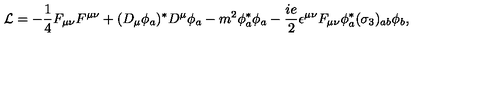
{ \cal L } = - { \frac { 1 } { 4 } } F _ { \mu \nu } F ^ { \mu \nu } + ( D _ { \mu } \phi _ { a } ) ^ { * } D ^ { \mu } \phi _ { a } - m ^ { 2 } \phi _ { a } ^ { * } \phi _ { a } - { \frac { i e } { 2 } } \epsilon ^ { \mu \nu } F _ { \mu \nu } \phi _ { a } ^ { * } ( \sigma _ { 3 } ) _ { a b } \phi _ { b } ,